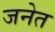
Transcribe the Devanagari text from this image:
जनेत